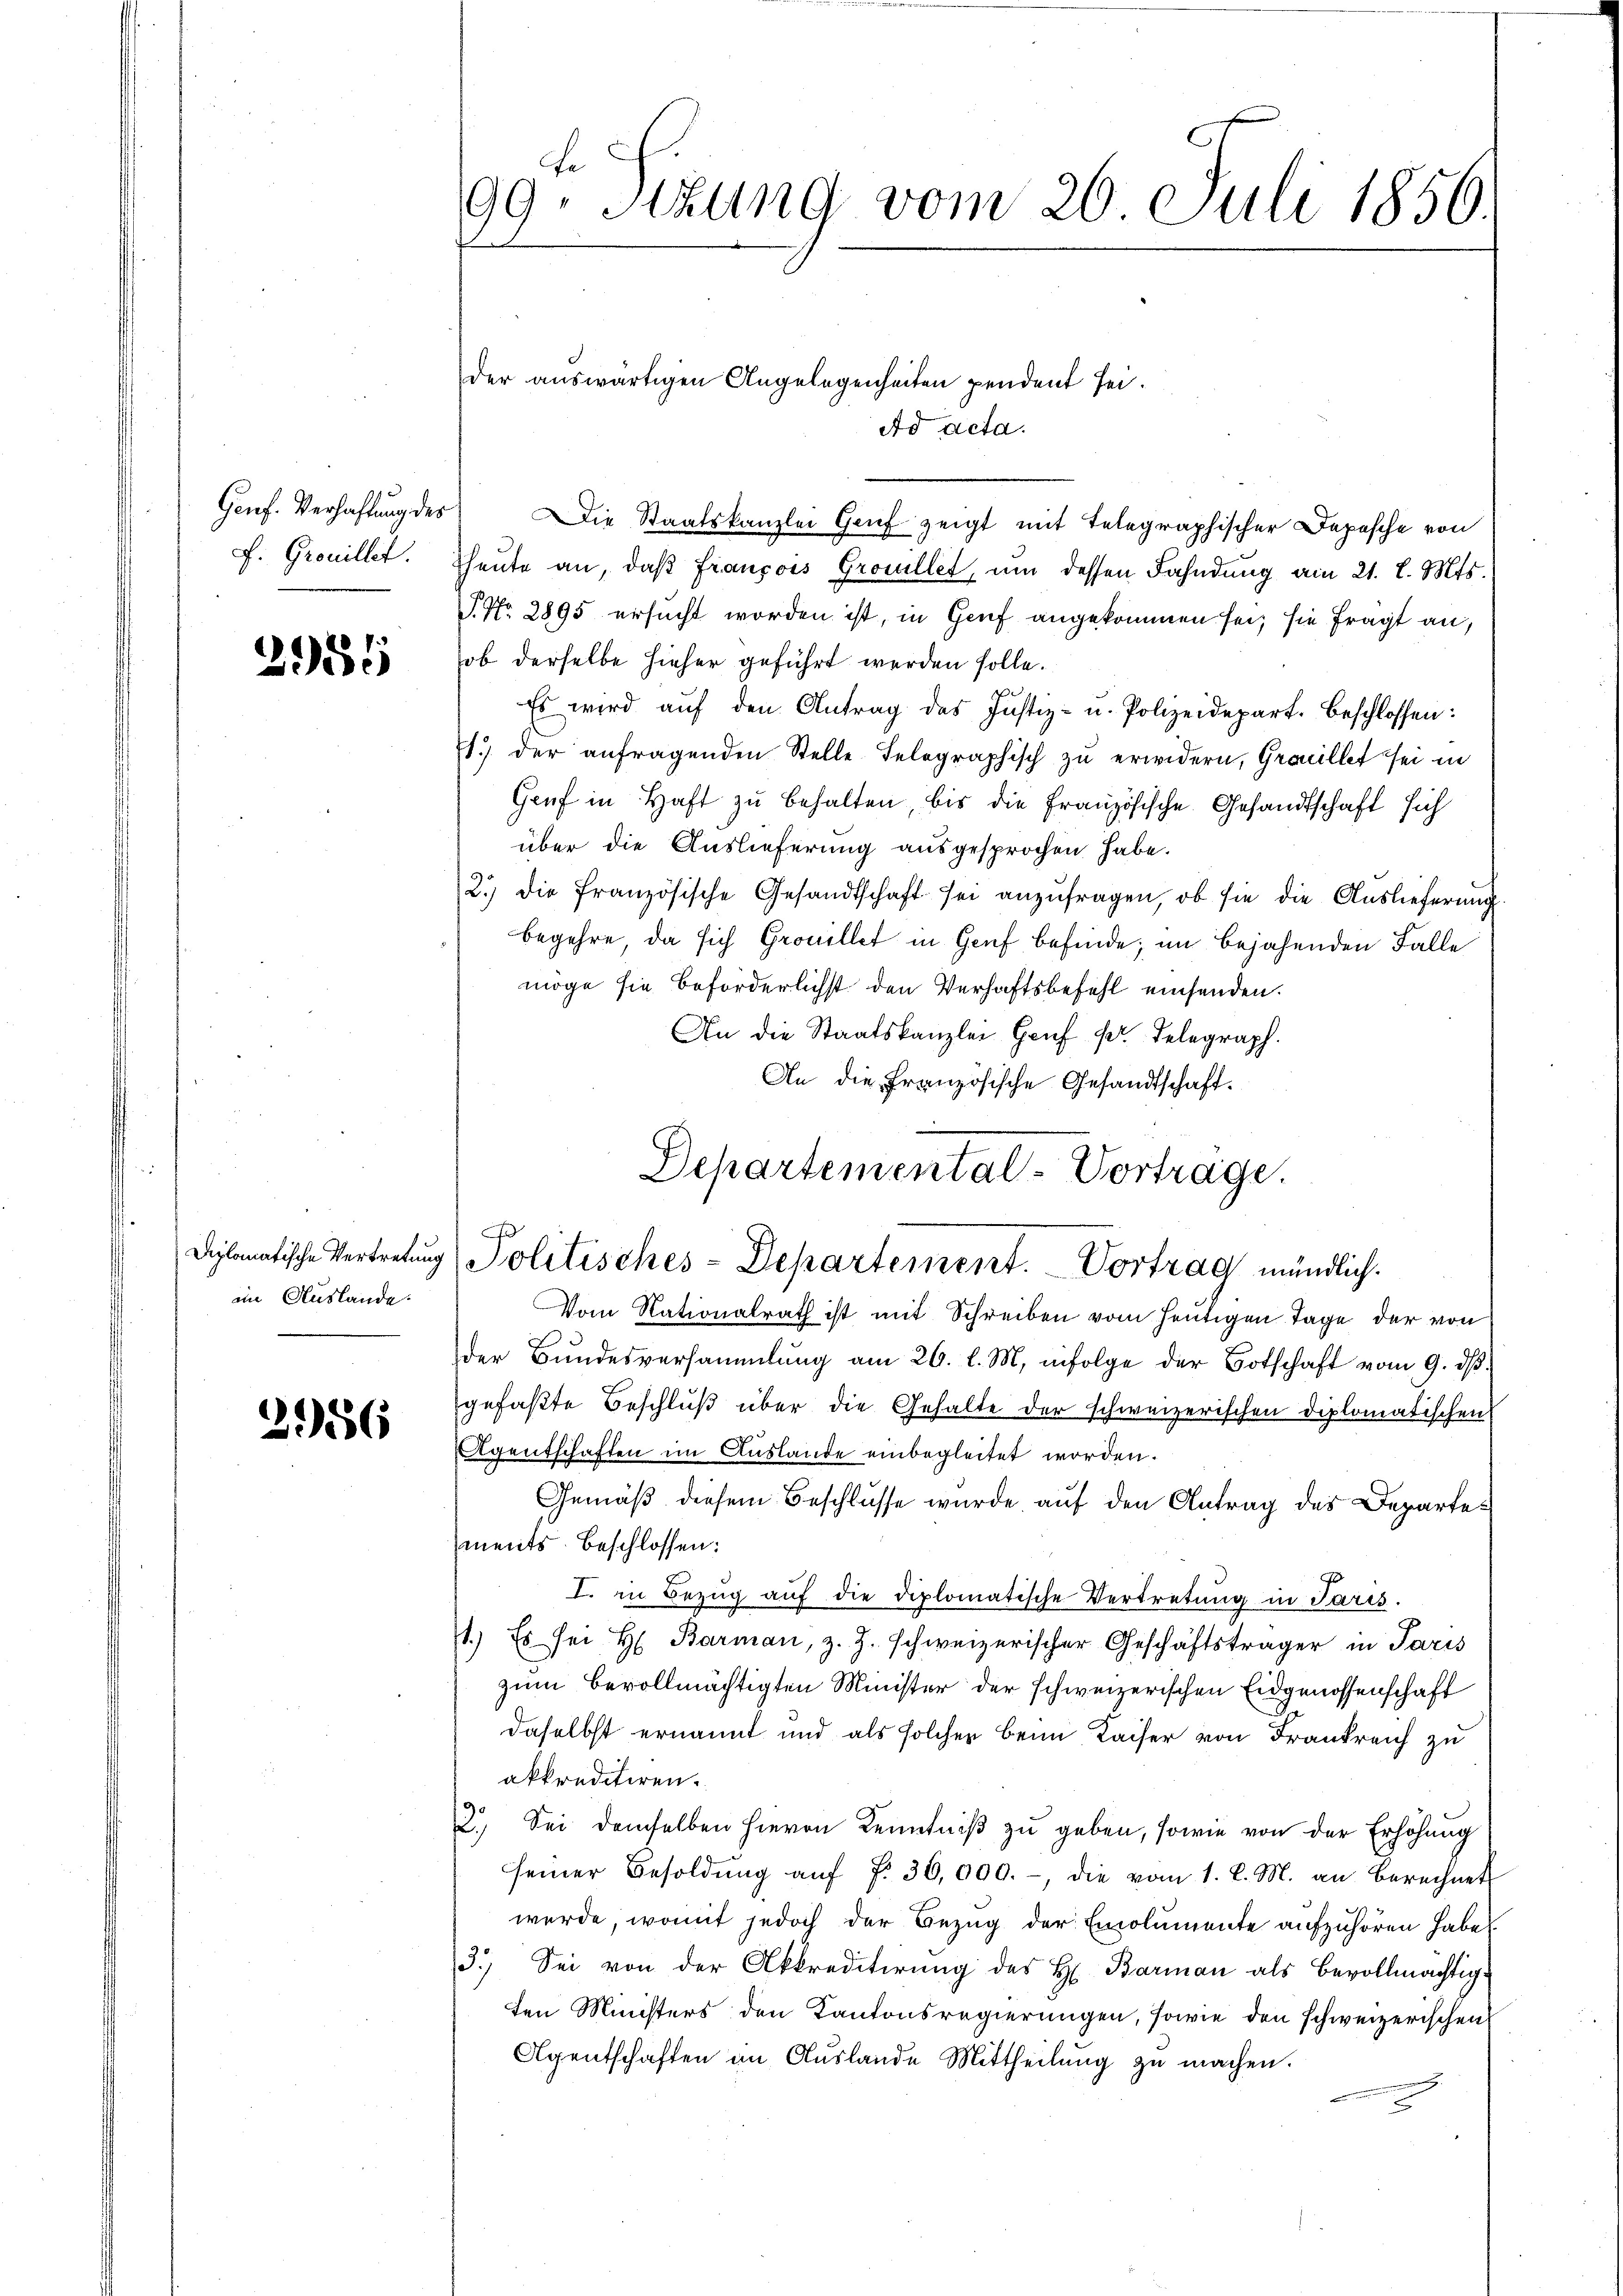
Genf. Verhaftung des
F. Grouillet

2955

en Auslande.

3186

Theute an, daß François Grosullet, um dessen Fahndung am 21. l. Mts.
J. No. 2895 ersucht worden ist, in Genf angekommen sei, sie fragt an,
ob derselbe hieher geführt werden solle.
Es wird aŭf den Antrag des Justiz- u. Polizeidepart. Beschlossen:
1.) der anfragenden Stelle Telegraphisch zu erwidern, Grouillet sei in
Gruf in Haft zu behalten, bis die Französische Gesandtschaft sich
über die Auslieferung ausgesprochen habe.
2.) die französische Gesandtschaft sei anzufragen, ob sie die Auslieferung.
begehre, da sich Grouillet in Genf befinde; im bejahenden Falle
möge sie beförderlichst den Verhaftsbefehl einsenden.
An die Staatskanzlei Genf s. Telegraph.
An die Französische Gesandtschaft.

Ei
99. Sitzung vom 26. Juli 1856.

der auswärtigen Angelegenheiten pendent sei¬
Ad acta.
ie Staatskanzlei Genf zeigt mit Telegraphischer Depesche von

Departemental-Vortrage.
Diplomatische Vertretŭng (Politisches-Departement. Vortrag mündlich.

Vom Kationalrath ist mit Schreiben vom heutigen Tage der von
der Bŭndesversammlung am 26. l. M. infolge der Botschaft vom 9. dβ.
gefaßte Beschluß über die Gehalte der schweizerischen Diplomatischen
Agentschaften im Auslande einbegleitet worden.
Gemäß diesem Beschlusse wurde auf den Antrag des Departes
ments beschlossen:
I. in Bezug auf die diplomatische Vertretung in Paris.
1.) Es sei H. Barman, z. Z. schweizerischer Geschäftsträger in Paris
zum bevollmächtigten Minister der schweizerischen Eidgenossenschaft
daselbst ernannt und als solcher beim Kaiser von Frankreich zu
akkreditiren.
2.) Sei demselben hievon Kenntniß zu geben, sowie von der Erhöhung
seiner Besoldŭng aŭf f. 36,000.-, die vom 1. d. M. an Berechnet
werde, womit jedoch der Bezug der Emolumente aufzuhören habe
3.) Sei von der Akkreditirung des H. Barman als bevollmächtigten Ministers den Kantonsregierungen, sowie den schweizerischen
Agentschaften an Auslande Mittheilung zu machen.